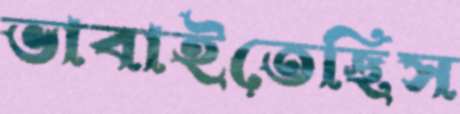
ভাবাইতেছিস